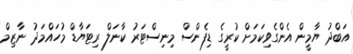
އަބްދު ޔާމީން އެންގެވިކަމަށް ކުރީގެ ޑިފެންސް މިނިސްޓަރު ކާނަލް ރިޓަޔާޑް މުހައްމަދު ނާޒިމް